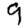
Digit: 9